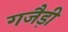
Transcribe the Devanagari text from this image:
गजैड़ी